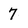
Character: 7